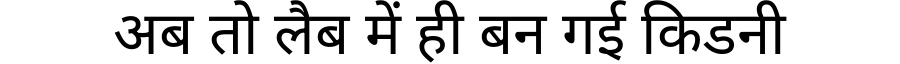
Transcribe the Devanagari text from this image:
अब तो लैब में ही बन गई किडनी